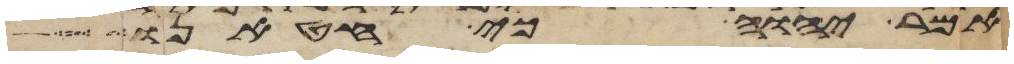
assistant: אמר יהוה כי חטאנו